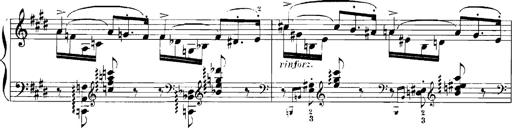
Title: Rhapsodies hongroises
Composer: Franz Liszt